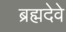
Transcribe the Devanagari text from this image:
ब्रह्मदेवे